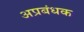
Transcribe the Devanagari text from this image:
अप्रबंधक